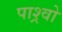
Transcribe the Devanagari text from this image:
पाश्र्वो